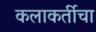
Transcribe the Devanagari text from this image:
कलाकर्तीचा